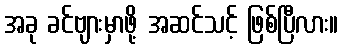
အခု ခင်ဗျားမှာဖို့ အဆင်သင့် ဖြစ်ပြီလား။